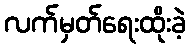
လက်မှတ်ရေးထိုးခဲ့